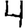
Digit: 4